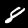
Digit: 8